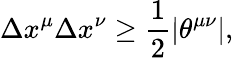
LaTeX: \Delta x^{\mu}\Delta x^{\nu}\ge{\frac{1}{2}}|\theta^{\mu\nu}|,